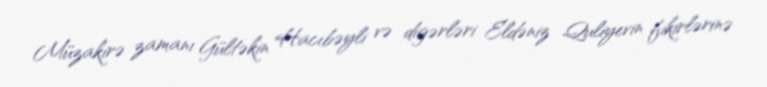
Müzakirə zamanı Gültəkin Hacıbəyli və digərləri Eldəniz Quliyevin fikirlərinə